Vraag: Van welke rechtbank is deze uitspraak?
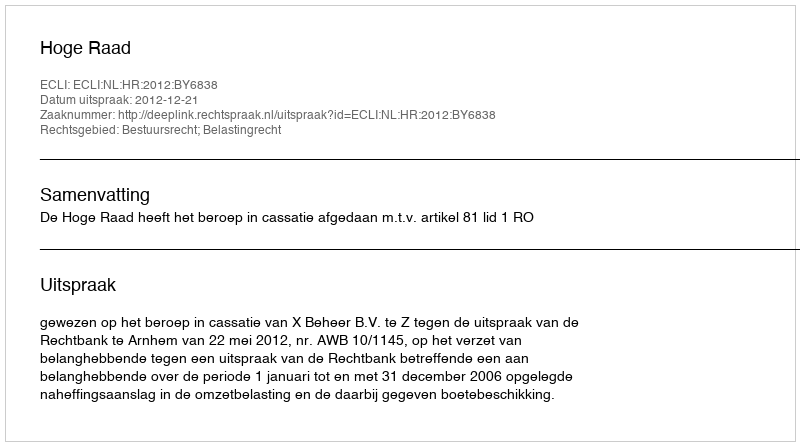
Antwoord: Hoge Raad